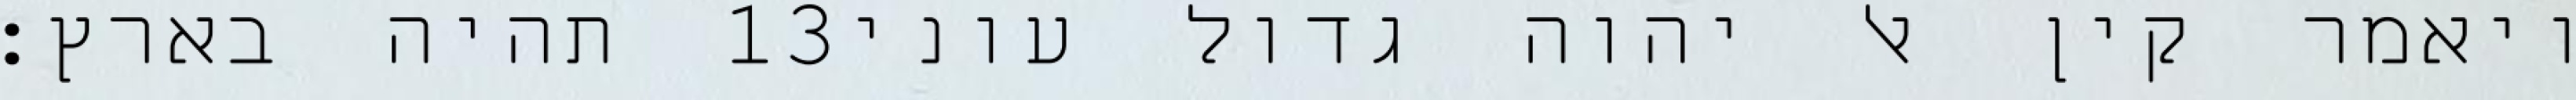
תהיה בארץ׃ ‎13‏ ויאמר קין אל יהוה גדול עוני